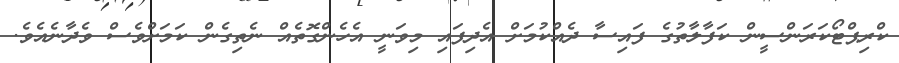
ކްރިޕްޓޯކަރަންސީން ކަފާލާތުގެ ފައިސާ ދެއްކުމަށް އެދިފައި މިވަނީ އެހެންގޮތެއް ނެތިގެން ކަމަށްވެސް ވެދާނެއެވެ.